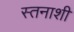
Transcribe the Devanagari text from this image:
स्तनाशी